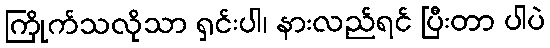
ကြိုက်သလိုသာ ရှင်းပါ၊ နားလည်ရင် ပြီးတာ ပါပဲ